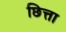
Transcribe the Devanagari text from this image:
छित्ता